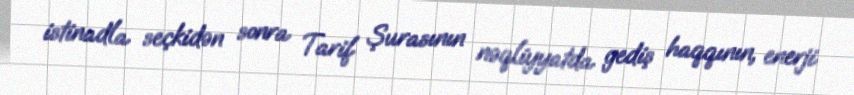
istinadla seçkidən sonra Tarif Şurasının nəqliyyatda gediş haqqının, enerji